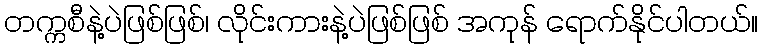
တက္ကစီနဲ့ပဲဖြစ်ဖြစ်၊ လိုင်းကားနဲ့ပဲဖြစ်ဖြစ် အကုန် ရောက်နိုင်ပါတယ်။